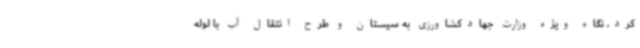
کرد. نگاه ویژه وزارت جهادکشاورزی به سیستان و طرح انتقال آب با لوله